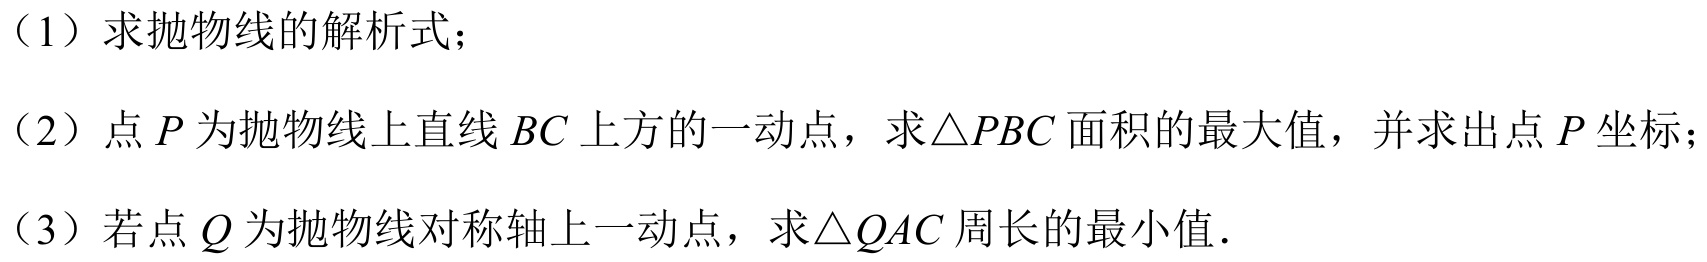
（1）求抛物线的解析式；
（2）点\(P\)为抛物线上直线 \(BC\)上方的一动点，求\(\triangle PBC\)面积的最大值，并求出点\(P\)坐标；
（3）若点\(Q\)为抛物线对称轴上一动点，求\(\triangle QAC\)周长的最小值．